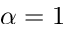
\alpha = 1